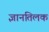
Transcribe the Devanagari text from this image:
ज्ञानतिलक